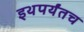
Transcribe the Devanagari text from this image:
इथपर्यंतच